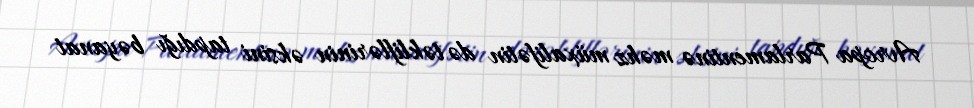
Avropa Parlamentinə məhz müxalifətin də təkliflərinin əksini tapdığı bəyanat